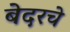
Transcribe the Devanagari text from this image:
बेदरचे